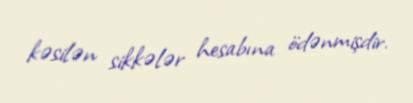
kəsilən sikkələr hesabına ödənmişdir.